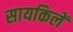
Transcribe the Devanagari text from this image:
सायकिलें